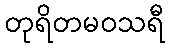
တုရိတမဝသရီ